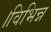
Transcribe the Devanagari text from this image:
।विभिन्न